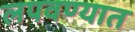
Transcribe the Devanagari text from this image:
लपवण्यात